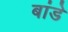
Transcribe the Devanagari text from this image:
बांडे